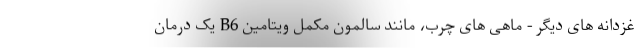
غزدانه های دیگر - ماهی های چرب، مانند سالمون مکمل ویتامین B6 یک درمان